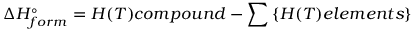
\Delta H _ { f o r m } ^ { \circ } = H ( T ) c o m p o u n d - \sum \left\{ H ( T ) e l e m e n t s \right\}